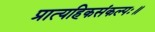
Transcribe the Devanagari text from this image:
प्रात्यहिकसंकल्पः॥